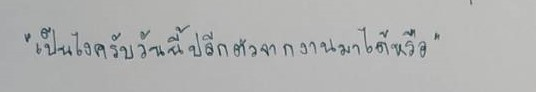
"เป็นไงครับวันนี้ปลีกตัวจากงานมาได้หรือ"